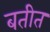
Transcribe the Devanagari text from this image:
बतीत